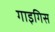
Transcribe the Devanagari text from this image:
गाइगिस